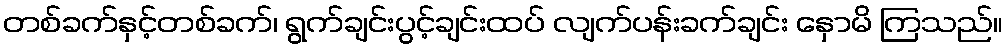
တစ်ခက်နှင့်တစ်ခက်၊ ရွက်ချင်းပွင့်ချင်းထပ် လျက်ပန်းခက်ချင်း နှောမိ ကြသည်။